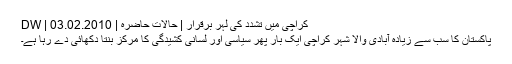
کراچی میں تشدد کی لہر برقرار | حالات حاضرہ | DW | 03.02.2010
پاکستان کا سب سے زیادہ آبادی والا شہر کراچی ایک بار پھر سیاسی اور لسانی کشیدگی کا مرکز بنتا دکھائی دے رہا ہے۔